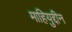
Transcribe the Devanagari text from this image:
माहियुद्दीन